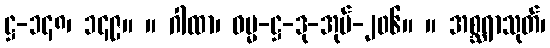
ဋ္ဌ-၁၄၈၊ ၁၄၉။ ။ ဂါထာ၊ ဓမ္မ-ဋ္ဌ-ဒု-အုပ်-၂၀၆။ ။ အစ္ဆရာသုတ်၊